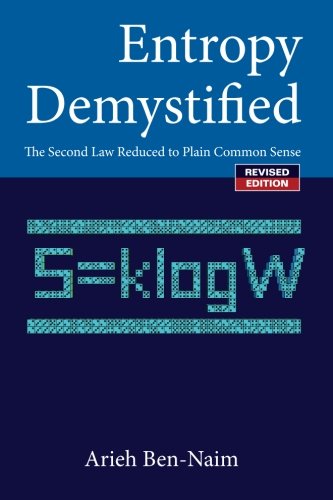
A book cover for Entropy Demystified: The Second Law Reduced to Plain Common Sense; Arieh Ben-Naim; Science & Math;